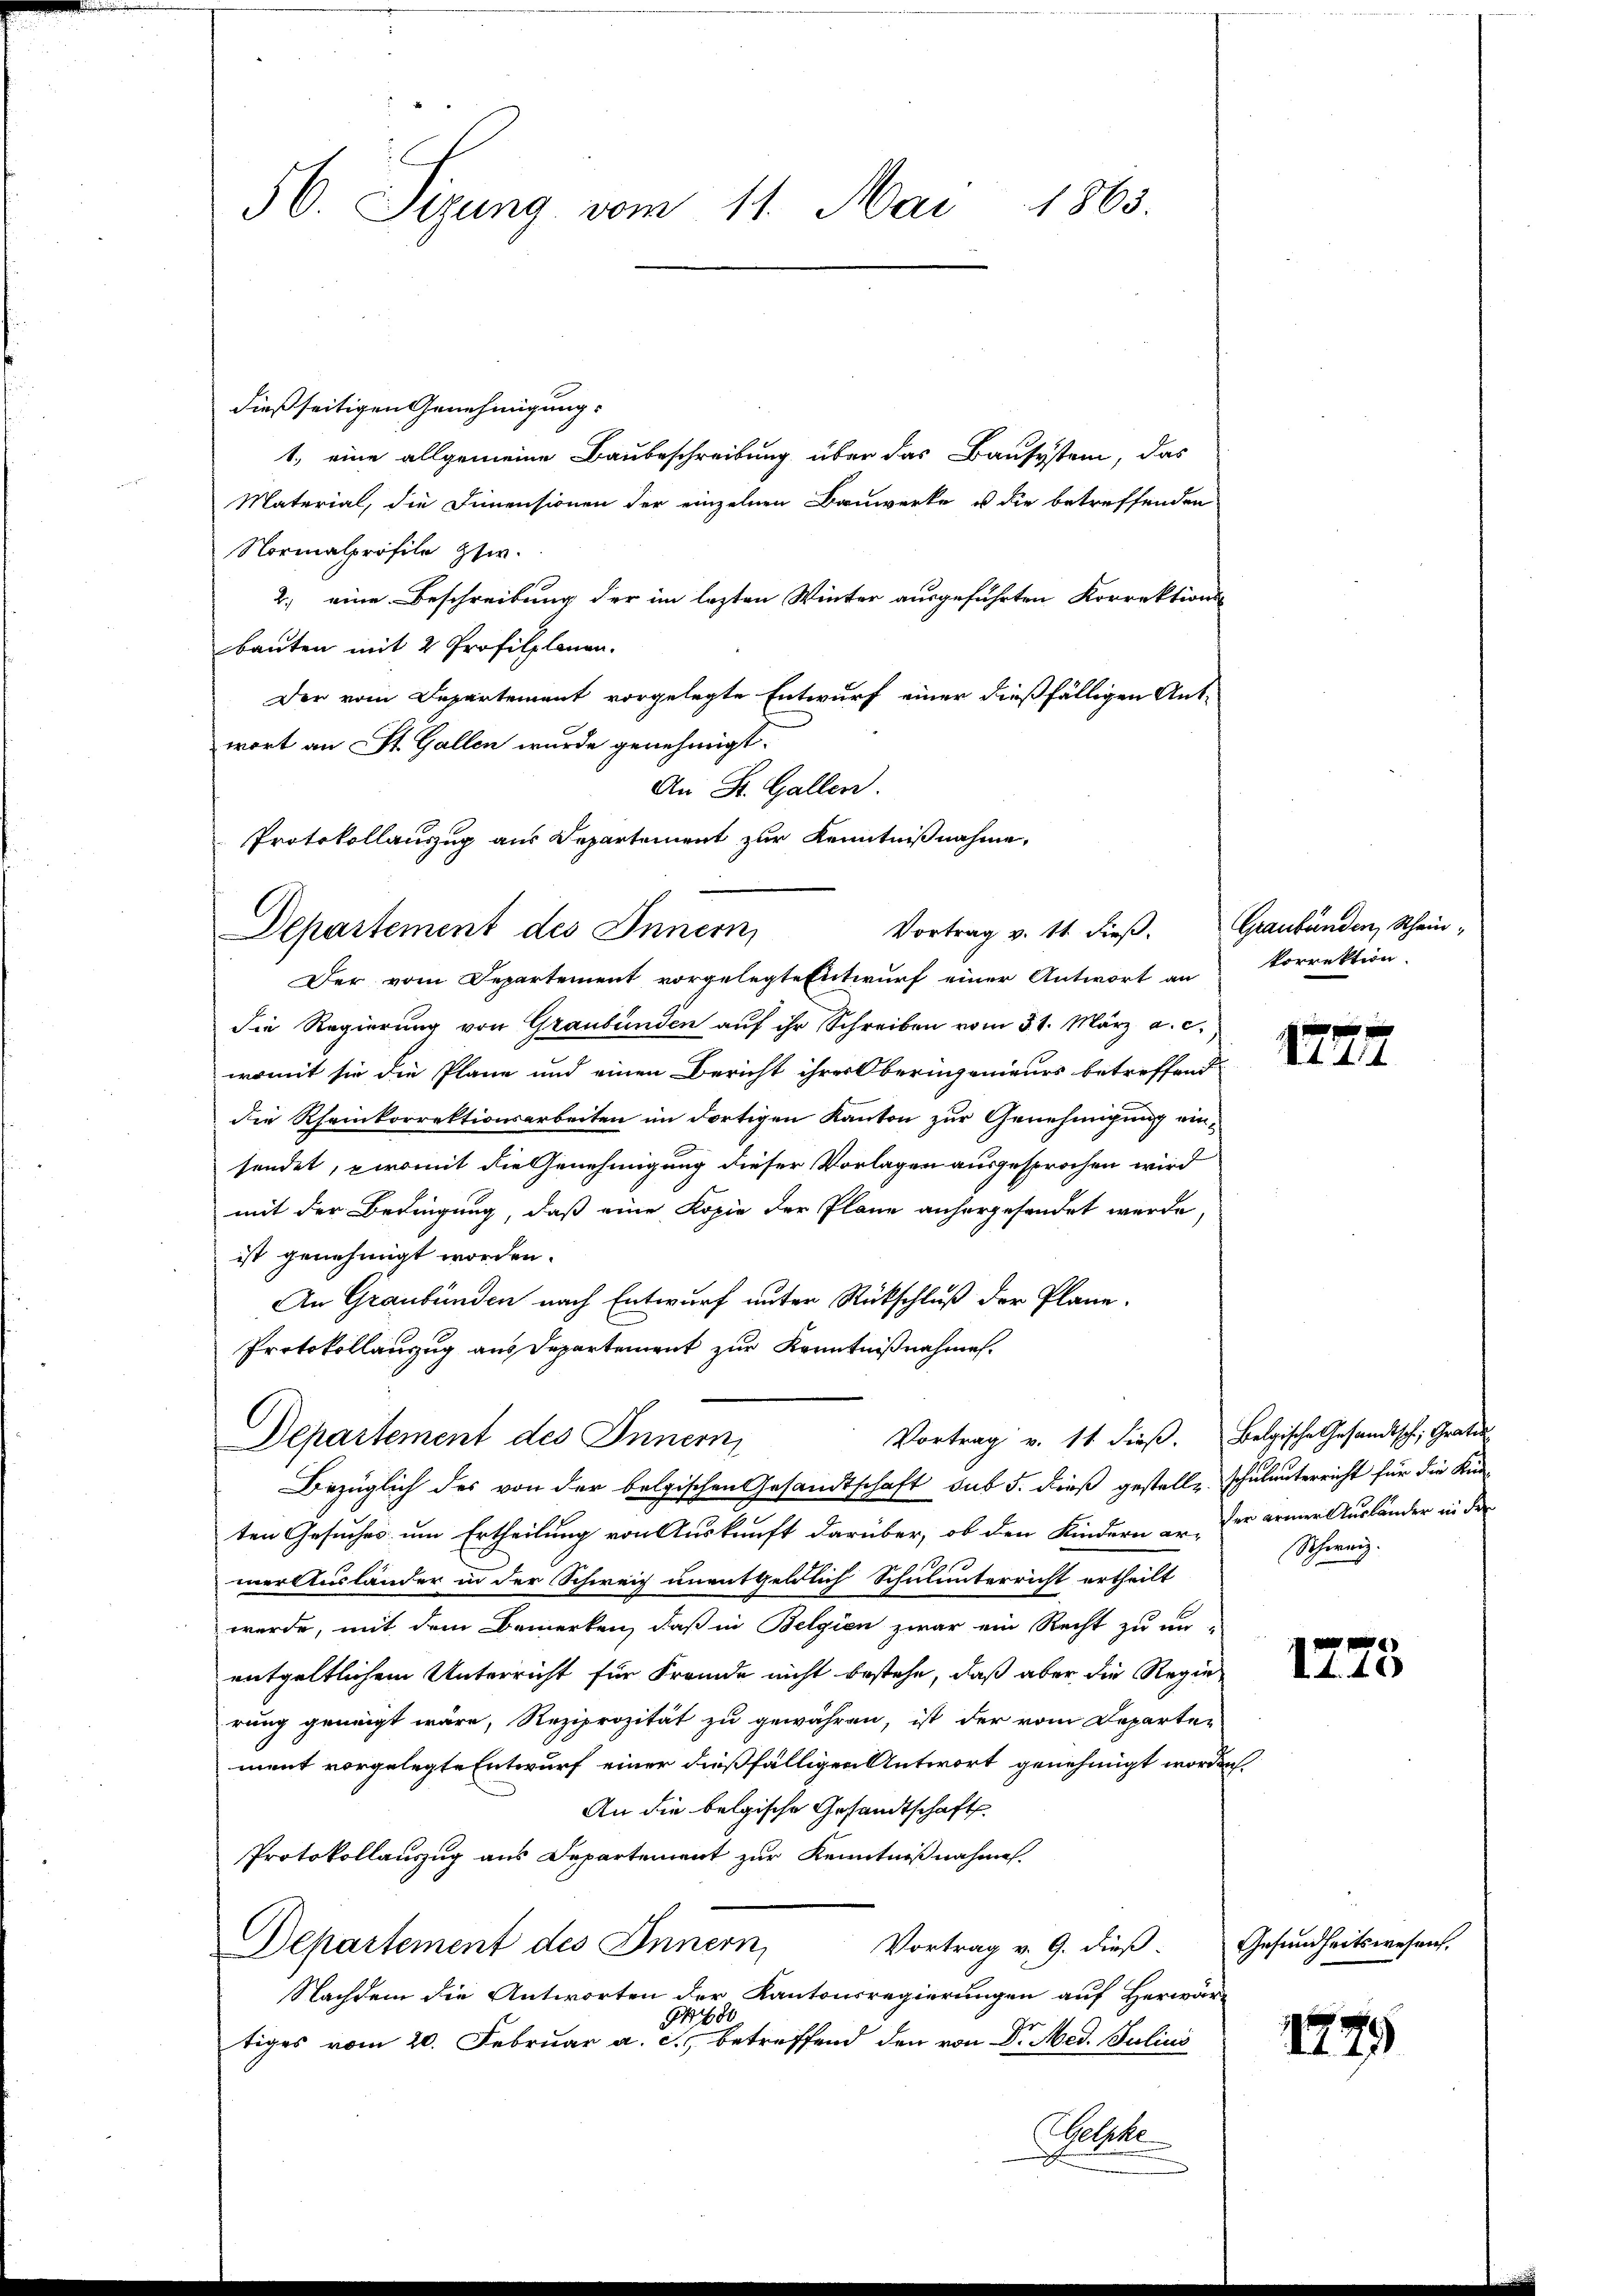
56. Sizung vom 11. Mai 1863.

dießseitigen Genehmigung.
1, eine allgemeine Baubeschreibung über das Bausystem, das
Material, die Dimensionen der einzelnen Bauwerke u die betreffenden
Normalprofile zsw.
2. eine Beschreibung der im lezten Winter ausgeführten Korrektions-
bauten mit 2 Profilplanen.
Der vom Departement vorgelegte Entwurf einer dießfälligen Antwort an St. Gallen wurde genehmigt.
An St. Gallen.
Protokollauszug aus Departement zur Kenntnißnahme,
Departement des Innern,
Der vom Departement vorgelegte Entwurf einer Antwort an
die Regierung von Graubünden auf ihr Schreiben vom 31. März a. c.
womit sie die Pläne und einen Bericht ihrer Oberingenieurs betreffend
die Rheinkorrektionsarbeiten im dortigen Kanton zur Genehmigung einsendet, womit die Genehmigung dieser Vorlagen ausgesprochen wird
mit der Bedingung, daß eine Kopie der Plane anhergesendet werde,
ist genehmigt worden.
An Graubünden nach Entwurf unter Rückschluß der Plane.
Protokollanzug aus Departement zur Kenntnißnahmen.
Vortrag v. 11. dieβ. Belgische Gesandtsch, Gratier
Departement des Innern,
Bezüglich des von der belgischen Gesandtschaft sub 5. dieß gestelle Schulunterricht für die Kin-
ten Gesuches um Ertheilung von Auskunft darüber, ob den Kindern er der armer Ausländer in der
mer Ausländer in der Schweiz unentgeldlich Schulunterricht ertheilt
werde, mit dem Bemerken, daß in Belgien zwar ein Recht zu un-
entgeltlichem Unterricht für Fremde nicht bestehe, daß aber die Regie
rung geneigt wäre, Reziprozität zu gewähren, ist der vom Departement vorgelegte Entwurf einer dießfälligen Antwort genehmigt worden.
An die belgische Gesandtschaft
Protokollauszug aus Departement zur Kenntnißnahme.
Departement des Innern,
Vortrag v. 9. dieß:
Nachdem die Antworten der Kantonsregierungen auf Herwar-
G
tiges vom 20. Februar a. c., betreffend den von Dr. Med. Julius
Gelsche

Vortrag v. 11. dieβ. Graubünden Schein-

korrektion.

1774

Schweiz.

1275

Gesundheitswesen.

1279